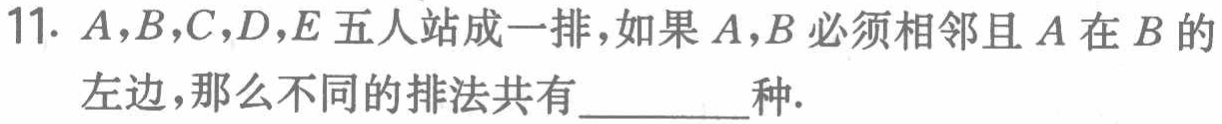
11. \(A,B,C,D,E\)五人站成一排，如果\(A,B\)必须相邻且\(A\)在\(B\)的左边，那么不同的排法共有_________种.